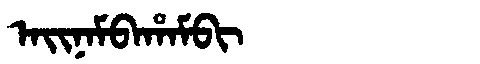
Manchu: ᠠᡳᠨᠠᠮᠪᠠᡥᠠᠮᠪᡳ
Romanization: AINAMBAHAMBI